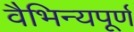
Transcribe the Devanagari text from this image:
वैभिन्यपूर्ण